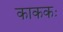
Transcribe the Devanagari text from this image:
काककः